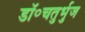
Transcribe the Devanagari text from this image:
डॉ॰चतुर्भुज